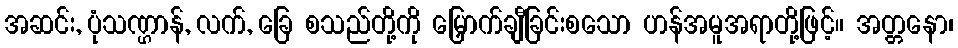
အဆင်း, ပုံသဏ္ဌာန်, လက်, ခြေ စသည်တို့ကို မြှောက်ချီခြင်းစသော ဟန်အမူအရာတို့ဖြင့်။ အတ္တနော၊